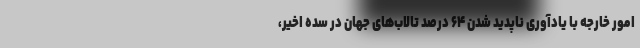
امور خارجه با یادآوری ناپدید شدن ۶۴ درصد تالاب‌های جهان در سده اخیر،